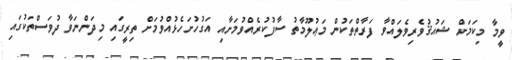
ވީމާ މިކަމަށް ޝައުޤުވެރިވެލައްވާ ފަރާތްތަކުން މަޢުލޫމާތު ސާފުކުރެއްވުމަށާއި އަގުހުށަހެޅުއްވުމަށް ތިރީގައި މިދަންނަވާ ދުވަސްތަކުގައި